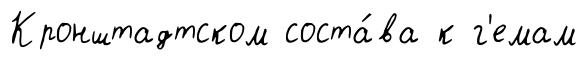
Кронштадтском соста́ва к г'емам